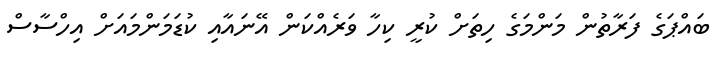
ބައްޕަގެ ފަރާތުން މަންމަގެ ހިތަށް ކުރީ ކިހާ ވަރެއްކަން އޭނައާއި ކުޑަމަންމައަށް އިހްސާސް